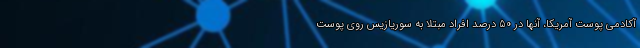
آکادمی پوست آمریکا، آنها در 50 درصد افراد مبتلا به سوریازیس روی پوست